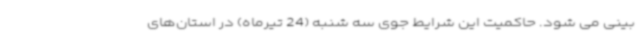
بینی می شود. حاکمیت این شرایط جوی سه شنبه (24 تیرماه) در استان‌های